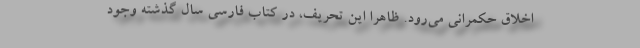
اخلاق حکمرانی می‌رود. ظاهرا این تحریف، در کتاب فارسی سال گذشته وجود